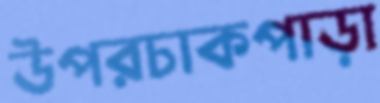
উপরচাকপাড়া